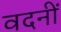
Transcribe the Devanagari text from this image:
वदनीं